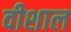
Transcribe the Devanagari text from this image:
वीशाल